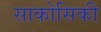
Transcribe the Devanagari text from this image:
साकोसिकी